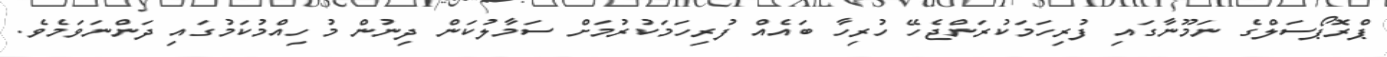
ޕްރޮޕޯސަލްގެ ނަމޫނާގައި ފުރިހަމަކުރަންޖެހޭ ހުރިހާ ބައެއް ފުރިހަމަކުރުމަށް ސަމާލުކަން ދިނުން މުހިއްމުކަމުގައި ދަންނަވަމެވެ.